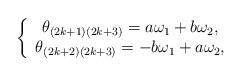
LaTeX: \begin{align*}\left\{\begin{array}{cc}\theta_{(2k+1)(2k+3)}=a\omega_1+b\omega_2,\\\theta_{(2k+2)(2k+3)}=-b\omega_1+a\omega_2,\end{array}\right.\end{align*}